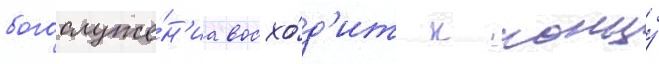
богослуже́н'иа восхо́д'ит к концу́